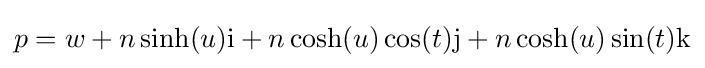
p=w+n\sinh(u)\mathrm {i} +n\cosh(u)\cos(t)\mathrm {j} +n\cosh(u)\sin(t)\mathrm {k}